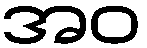
အဝ